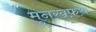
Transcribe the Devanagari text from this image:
मुनख़फ़थ़